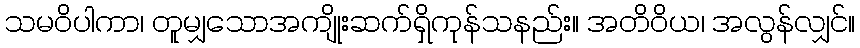
သမဝိပါကာ၊ တူမျှသောအကျိုးဆက်ရှိကုန်သနည်း။ အတိဝိယ၊ အလွန်လျှင်။